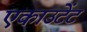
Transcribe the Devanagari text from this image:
एकाउटेंट